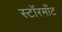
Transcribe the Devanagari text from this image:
स्टॉरमाँट